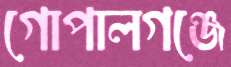
গোপালগঞ্জে